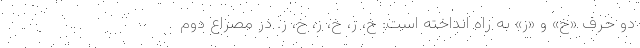
دو حرف «خ» و «ز» به راه انداخته است: خ، ز، خ، ز، خ، ز. در مصراع دوم